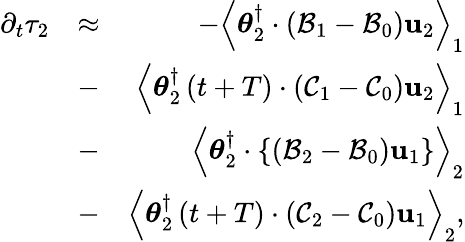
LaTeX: \begin{array}{rlr}{\partial_{t}\tau_{2}}&{\approx}&{-\left\langle\boldsymbol{\theta}_{2}^{\dagger}\cdot\left({\cal B}_{1}-{\cal B}_{0}\right)\mathbf{u}_{2}\right\rangle_{1}}\\ &{-}&{\left\langle\boldsymbol{\theta}_{2}^{\dagger}\left(t+T\right)\cdot\left({\cal C}_{1}-{\cal C}_{0}\right)\mathbf{u}_{2}\right\rangle_{1}}\\ &{-}&{\left\langle\boldsymbol{\theta}_{2}^{\dagger}\cdot\left\{ \left({\cal B}_{2}-{\cal B}_{0}\right)\mathbf{u}_{1}\right\} \right\rangle_{2}}\\ &{-}&{\left\langle\boldsymbol{\theta}_{2}^{\dagger}\left(t+T\right)\cdot\left({\cal C}_{2}-{\cal C}_{0}\right)\mathbf{u}_{1}\right\rangle_{2},}\end{array}